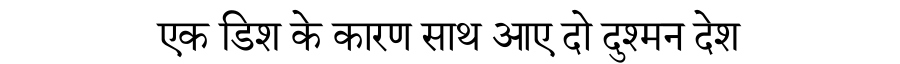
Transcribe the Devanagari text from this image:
एक डिश के कारण साथ आए दो दुश्मन देश